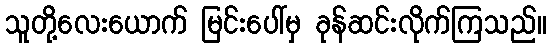
သူတို့လေးယောက် မြင်းပေါ်မှ ခုန်ဆင်းလိုက်ကြသည်။